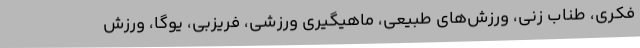
فکری، طناب زنی، ورزش‌های طبیعی، ماهیگیری ورزشی، فریزبی، یوگا، ورزش